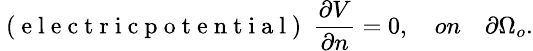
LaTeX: \small\mathrm{~(~e~l~e~c~t~r~i~c~p~o~t~e~n~t~i~a~l~)~}\ \frac{\partial V}{\partial n}=0,\quad on\quad\partial\Omega_{o}.